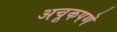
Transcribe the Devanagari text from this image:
अचूकपणॆ